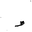
Letter: _da